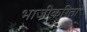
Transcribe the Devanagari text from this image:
भाजीकरिता